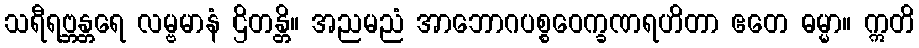
သရီရဗ္ဘန္တရေ လမ္ဗမာနံ ဌိတန္တိ။ အညမညံ အာဘောဂပစ္စဝေက္ခဏရဟိတာ ဧတေ ဓမ္မာ။ ဣတိ